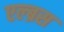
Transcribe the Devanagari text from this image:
एल्ब्रस